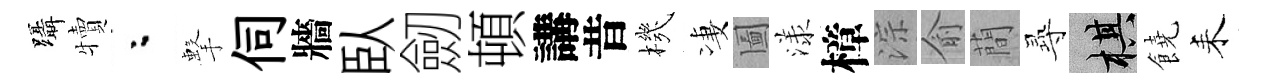
躡犢粉擊伺牆臥劒頓講昔機凄圗漾樟淙俞蕳𡬶棋饒耒